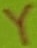
Text: Y